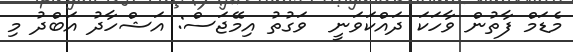
މެޑަމް ފާތުން ވާހަކަ ދައްކަވަނީ  ވަގުތު އިމޭޖަސް: އަޝްހާދު އަބްދު މި